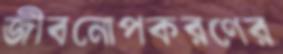
জীবনোপকরণের